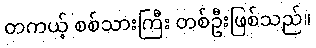
တကယ့် စစ်သားကြီး တစ်ဦးဖြစ်သည်။